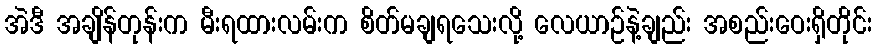
အဲဒီ အချိန်တုန်းက မီးရထားလမ်းက စိတ်မချရသေးလို့ လေယာဉ်နဲ့ချည်း အစည်းဝေးရှိတိုင်း